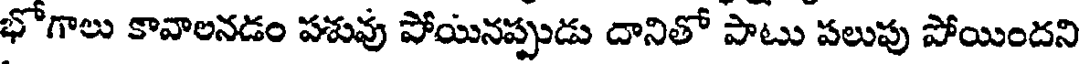
భోగాలు కావాలనడం పశువు పోయినప్పుడు దానితో పాటు పలుపు పోయిందని